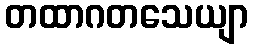
တထာဂတသေယျာ